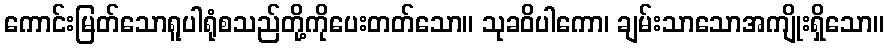
ကောင်းမြတ်သောရူပါရုံစသည်တို့ကိုပေးတတ်သော။ သုခဝိပါကော၊ ချမ်းသာသောအကျိုးရှိသော။